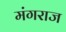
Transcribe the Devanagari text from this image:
मंगराज